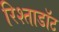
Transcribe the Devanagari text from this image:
रिश्ताडॉट